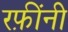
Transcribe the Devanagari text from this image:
रफ़ींनी